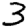
Digit: 3